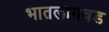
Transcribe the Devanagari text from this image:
भातलागवड